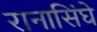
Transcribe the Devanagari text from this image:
रानासिंघे